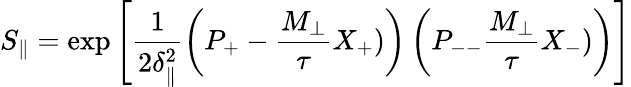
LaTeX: S_{\parallel}=\exp\left[\frac 1{2\delta_{\parallel}^{2}}\left(P_{+}-\frac{M_{\perp}}{\tau}X_{+})\right)\left(P_{--}\frac{M_{\perp}}{\tau}X_{-})\right)\right]